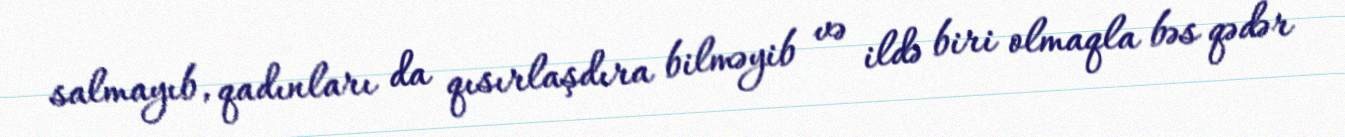
salmayıb, qadınları da qısırlaşdıra bilməyib və ildə biri olmaqla bəs qədər